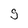
Character: g